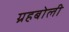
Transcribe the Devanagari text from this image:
ग्रहबोली